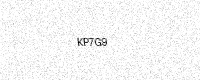
Text: KP7G9